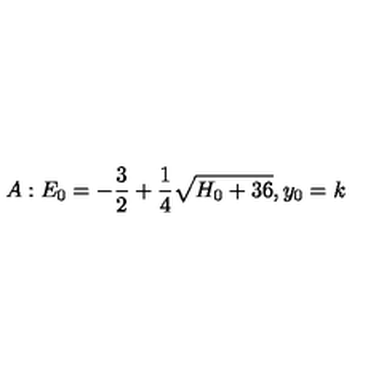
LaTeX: A : E _ { 0 } = - { \frac { 3 } { 2 } } + { \frac { 1 } { 4 } } \sqrt { H _ { 0 } + 3 6 } , y _ { 0 } = k